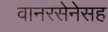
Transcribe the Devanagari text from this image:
वानरसेनेसह